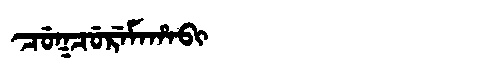
Manchu: ᠴᡠᡴᠴᡠᡵᡝᠮᠠᡥᠠᠪᡳ
Romanization: CUKCUREMAHABI